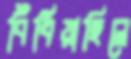
বিঁধিয়াছিলে